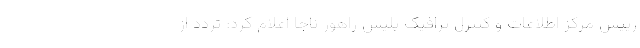
رییس مرکز اطلاعات و کنترل ترافیک پلیس راهور ناجا اعلام کرد: تردد از